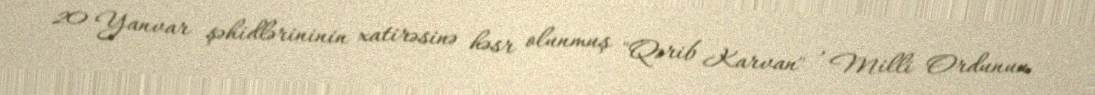
20 Yanvar şəhidlərininin xatirəsinə həsr olunmuş "Qərib Karvan" , Milli Ordunun